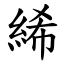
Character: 絺